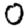
Digit: 0